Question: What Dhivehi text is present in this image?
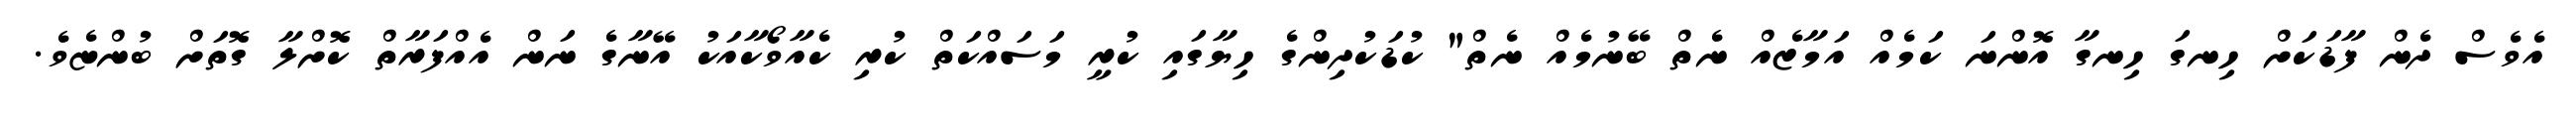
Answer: އެވެސް ދެން ފާޑަކަށް ހިނގަ ހިނގާ އޮންނަ ކަމެއް އަމާޒެއް ނެތް ބޭނުމެއް ނެތް" ކުޑަކުދިންގެ ހިޔާގައި ކުރީ މަސައްކަތް ކުރި ކެއާވޯކާއަކު އޭނާގެ ނަން އެއްފަރާތް ކޮށްލާ ގޮތަށް ބުންޏެވެ.